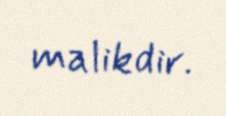
malikdir.